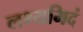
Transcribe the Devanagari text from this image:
लभ्यमिदं